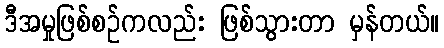
ဒီအမှုဖြစ်စဉ်ကလည်း ဖြစ်သွားတာ မှန်တယ်။